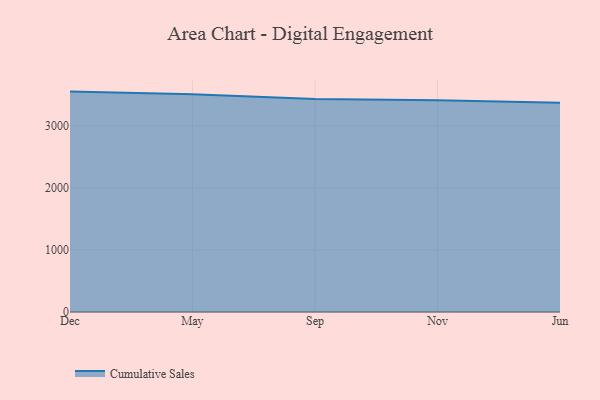
{"axis": {"x": "Month", "y": "Website Visitors"}, "legend": ["Cumulative Sales"], "data": [{"x": "Dec", "y": 3547.9, "type": "Cumulative Sales"}, {"x": "May", "y": 3503.3, "type": "Cumulative Sales"}, {"x": "Sep", "y": 3429.1, "type": "Cumulative Sales"}, {"x": "Nov", "y": 3407.2, "type": "Cumulative Sales"}, {"x": "Jun", "y": 3369.1, "type": "Cumulative Sales"}]}